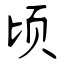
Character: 顷